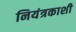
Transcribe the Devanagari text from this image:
नियंत्रकाशी